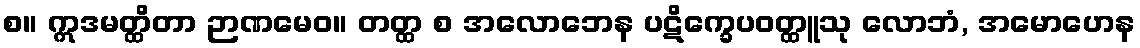
စ။ ဣဒမတ္ထိတာ ဉာဏမေဝ။ တတ္ထ စ အလောဘေန ပဋိက္ခေပဝတ္ထူသု လောဘံ, အမောဟေန